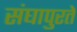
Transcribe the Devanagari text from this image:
संघापुरते